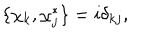
LaTeX: \{ \chi _ { k } , \chi _ { j } ^ { * } \} = i \delta _ { k j } ,